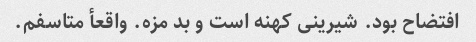
افتضاح بود. شیرینی کهنه است و بد مزه. واقعأ متاسفم.